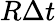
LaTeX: R\Delta t